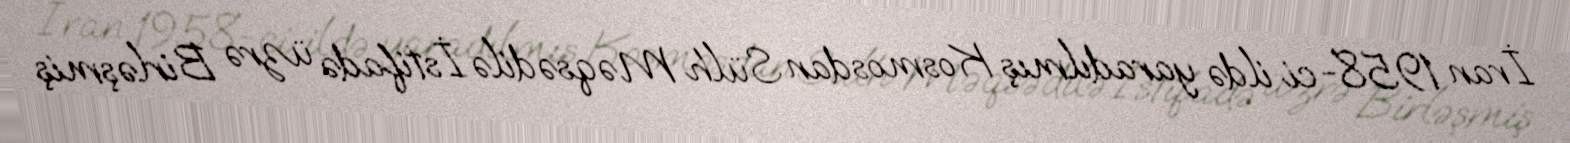
İran 1958-ci ildə yaradılmış Kosmosdan Sülh Məqsədilə İstifadə üzrə Birləşmiş